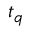
t _ { q }